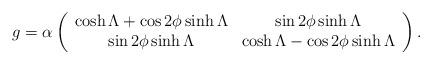
LaTeX: \begin{align*}g=\alpha\left( \begin{array}{cc}\cosh{\Lambda} +\cos 2\phi \sinh{\Lambda} & \sin 2\phi \sinh{\Lambda} \\\sin 2\phi \sinh{\Lambda} & \cosh{\Lambda}-\cos 2\phi \sinh{\Lambda} \end{array} \right).\end{align*}